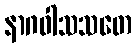
နာဂဝါသသတေ